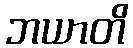
ဘယာတိ